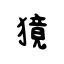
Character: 獍